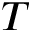
T